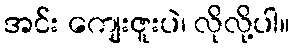
အင်း ကျေးဇူးပဲ၊ လိုလို့ပါ။